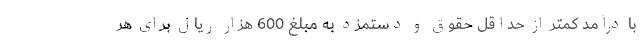
با درآمد کمتر از حداقل حقوق و دستمزد به مبلغ 600 هزار ریال برای هر